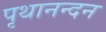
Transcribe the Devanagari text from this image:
पृथानन्दन